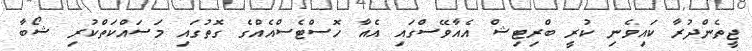
ޖީތެންދުރާ ކައިވެނި ކުރީ ބްރިޓިޝް އެއާވޭސްގައި އެއާ ހޮސްޓެސްއެއްގެ ގޮތުގައި މަސައްކަތްކުރި ޝޯބާ